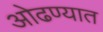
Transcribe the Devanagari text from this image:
ओढण्यात